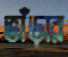
ভাঁড়ার